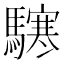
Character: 𩦊